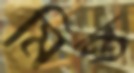
মিন্ত